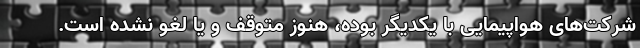
شرکت‌های هواپیمایی با یکدیگر بوده، هنوز متوقف و یا لغو نشده است.